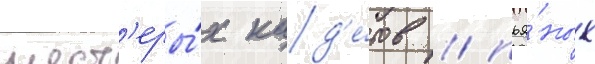
шест'еры́х кад'е́тов / пья́ных